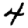
Digit: 4